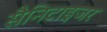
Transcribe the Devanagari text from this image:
सैनिटाइजर